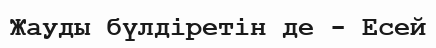
Жауды бүлдіретін де - Есей